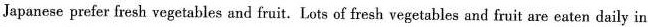
craze Japanese prefer fresh vegetables and fruit. Lots of fresh vegetables and fruit are eaten daily in